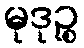
မုဒုဉ္စ